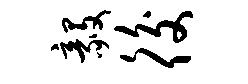
毅後